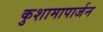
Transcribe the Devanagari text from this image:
कुशामापार्जन